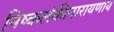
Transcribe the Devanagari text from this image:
निष्कलंकीनारायणाय